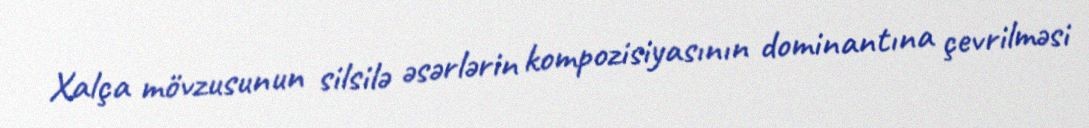
Xalça mövzusunun silsilə əsərlərin kompozisiyasının dominantına çevrilməsi